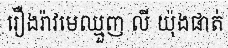
រឿងរ៉ាវមេឈ្មួញ លី យ៉ុងផាត់